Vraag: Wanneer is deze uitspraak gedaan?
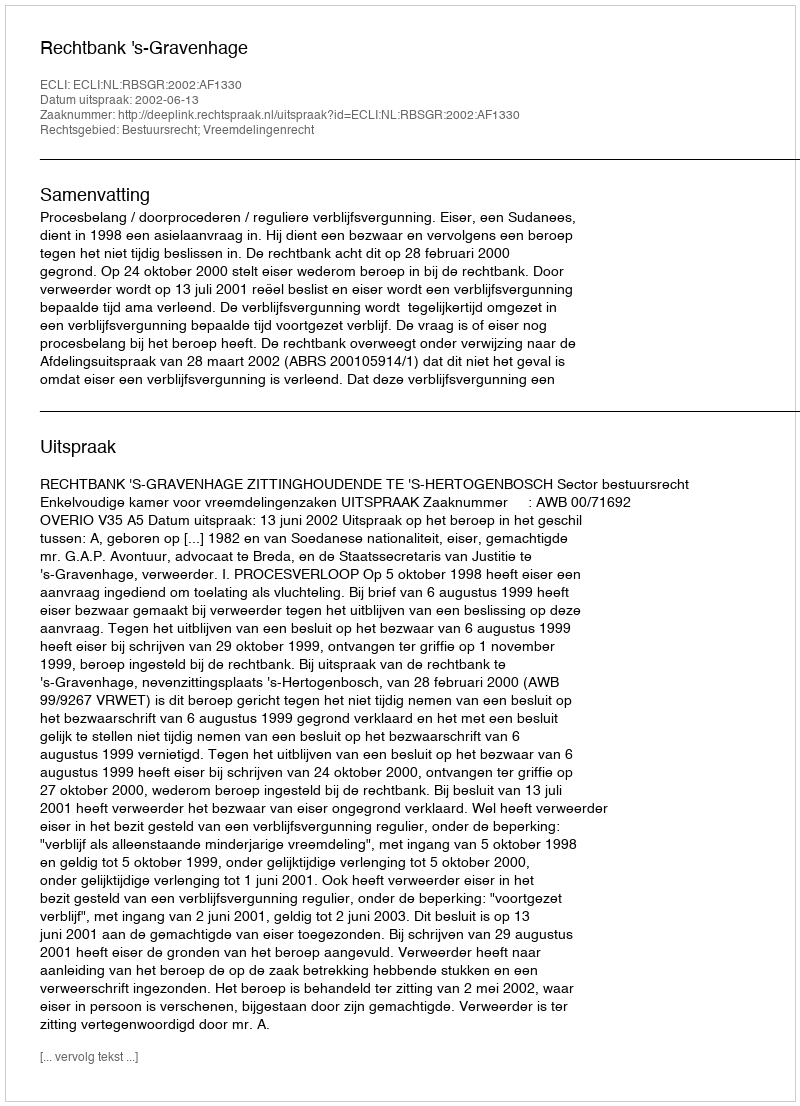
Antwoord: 2002-06-13